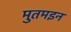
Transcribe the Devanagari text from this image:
मुतमइन